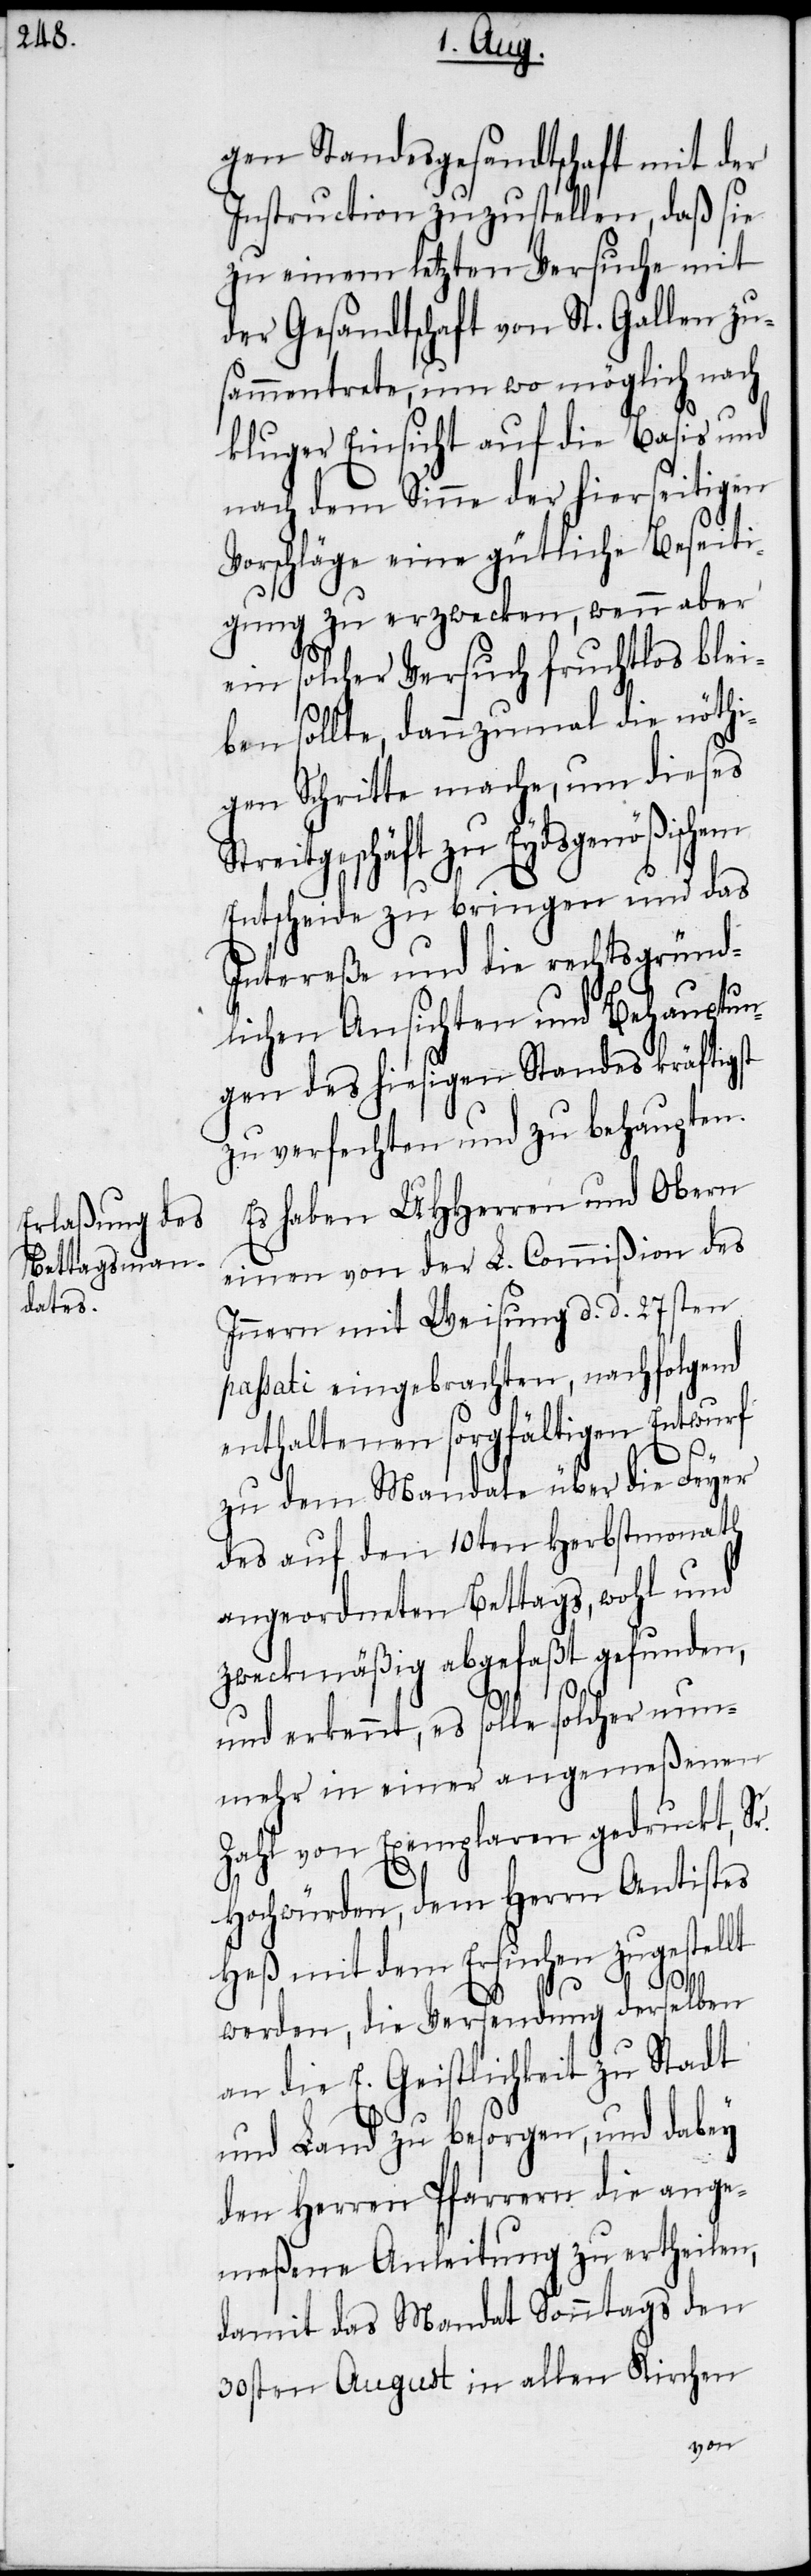
gen Standesgesandtschaft mit der
Instruction zuzustellen, daß sie
zu einem letzten Versuche mit
der Gesandtschaft von St. Gallen zu¬
sammentrete, um wo möglich nach
kluger Einsicht auf die Basis und
nach dem Sinne der hierseitigen
Vorschläge eine gütliche Beseit¬
igung zu erzwecken, wenn aber
ein solcher Versuch fruchtlos blei¬
ben sollte, dannzumal die nöthi¬
gen Schritte mache, um dieses
Streitgeschäft zu Eydsgenößischem
Entscheide zu bringen und das
Intereße und die rechtsgründ¬
lichen Ansichten und Behauptun¬
gen des hiesigen Standes kräftigst
zu verfechten und zu behaupten.
Es haben UHHerren und Obern
einen von der L. Commißion des
Innern mit Weisung d. d. 27sten
passati eingebrachten, nachfolgend
enthaltenen sorgfältigen Entwurf
zu dem Mandate über die Feyer
des auf den 10ten Herbstmonath
angeordneten Bettags, wohl und
zweckmäßig abgefaßt gefunden,
und erkennt, es solle solcher nun¬
mehr in einer angemeßenen
Zahl von Exemplaren gedruckt, Sr.
Hochwürden, dem Herrn Antistes
Heß mit dem Ersuchen zugestellt
werden, die Versendung derselben
an die E. Geistlichkeit zu Stadt
und Land zu besorgen, und dabey
den Herren Pfarrern die ange¬
meßene Anleitung zu ertheilen,
damit das Mandat Sonntags den
30sten August in allen Kirchen